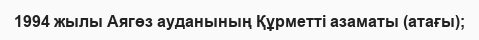
1994 жылы Аягөз ауданының Құрметті азаматы (атағы);